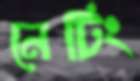
নেটিং